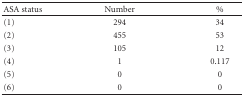
<table><thead><tr><td><b>ASA status</b></td><td><b>Number</b></td><td><b>%</b></td></tr></thead><tbody><tr><td>(1)</td><td>294</td><td>34</td></tr><tr><td> (2)</td><td> 455</td><td> 53</td></tr><tr><td>(3)</td><td>105</td><td>12</td></tr><tr><td>(4)</td><td>1</td><td>0.117</td></tr><tr><td>(5)</td><td>0</td><td>0</td></tr><tr><td>(6)</td><td>0</td><td>0</td></tr></tbody></table>